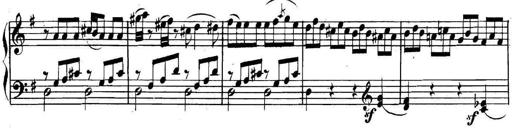
Title: Collected Piano Sonatas
Composer: Muzio Clementi